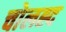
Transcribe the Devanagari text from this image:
चोलह्द